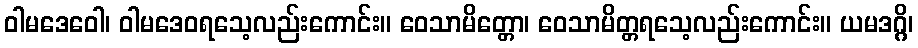
ဝါမဒေဝေါ၊ ဝါမဒေဝရသေ့လည်းကောင်း။ ဝေသာမိတ္တော၊ ဝေသာမိတ္တရသေ့လည်းကောင်း။ ယမဒဂ္ဂိ၊